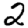
Digit: 2